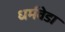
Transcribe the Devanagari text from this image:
धर्मवेडा